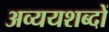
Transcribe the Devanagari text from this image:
अव्ययशब्दों